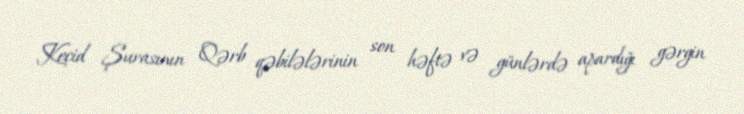
Keçid Şurasının Qərb qəbilələrinin son həftə və günlərdə apardığı gərgin